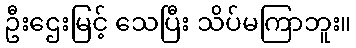
ဦးဌေးမြင့် သေပြီး သိပ်မကြာဘူး။